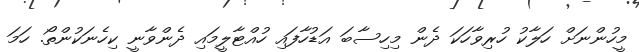
މީހުންނަށް ހަލާކު ހުރިވާހަކަ ދެން މިހިސާބަ އަޑުހާފައި ހުއްޓާލީމައި ދެންވާނީ ކިހެނަކުންތޯ. ހަމަ